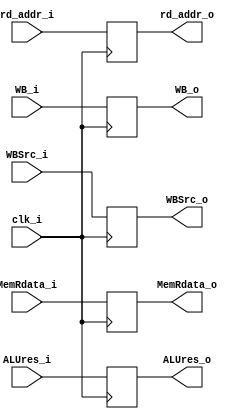
module MEMWB(clk_i,WB_i,MemRdata_i,ALUres_i,rd_addr_i,WBSrc_i,WB_o,MemRdata_o,ALUres_o,rd_addr_o,WBSrc_o);
    input [31:0] MemRdata_i,ALUres_i;
    input [4:0] rd_addr_i;
    input WB_i,WBSrc_i,clk_i;
    output reg [31:0] MemRdata_o,ALUres_o;
    output reg [4:0] rd_addr_o;
    output reg WB_o,WBSrc_o;

    initial begin
        {MemRdata_o,ALUres_o,rd_addr_o,WB_o,WBSrc_o} <= 0;
    end

    always @ ( posedge clk_i ) begin
        WB_o <= WB_i;
        MemRdata_o <= MemRdata_i;
        ALUres_o <= ALUres_i;
        rd_addr_o <= rd_addr_i;
        WBSrc_o <= WBSrc_i;
    end
    
endmodule